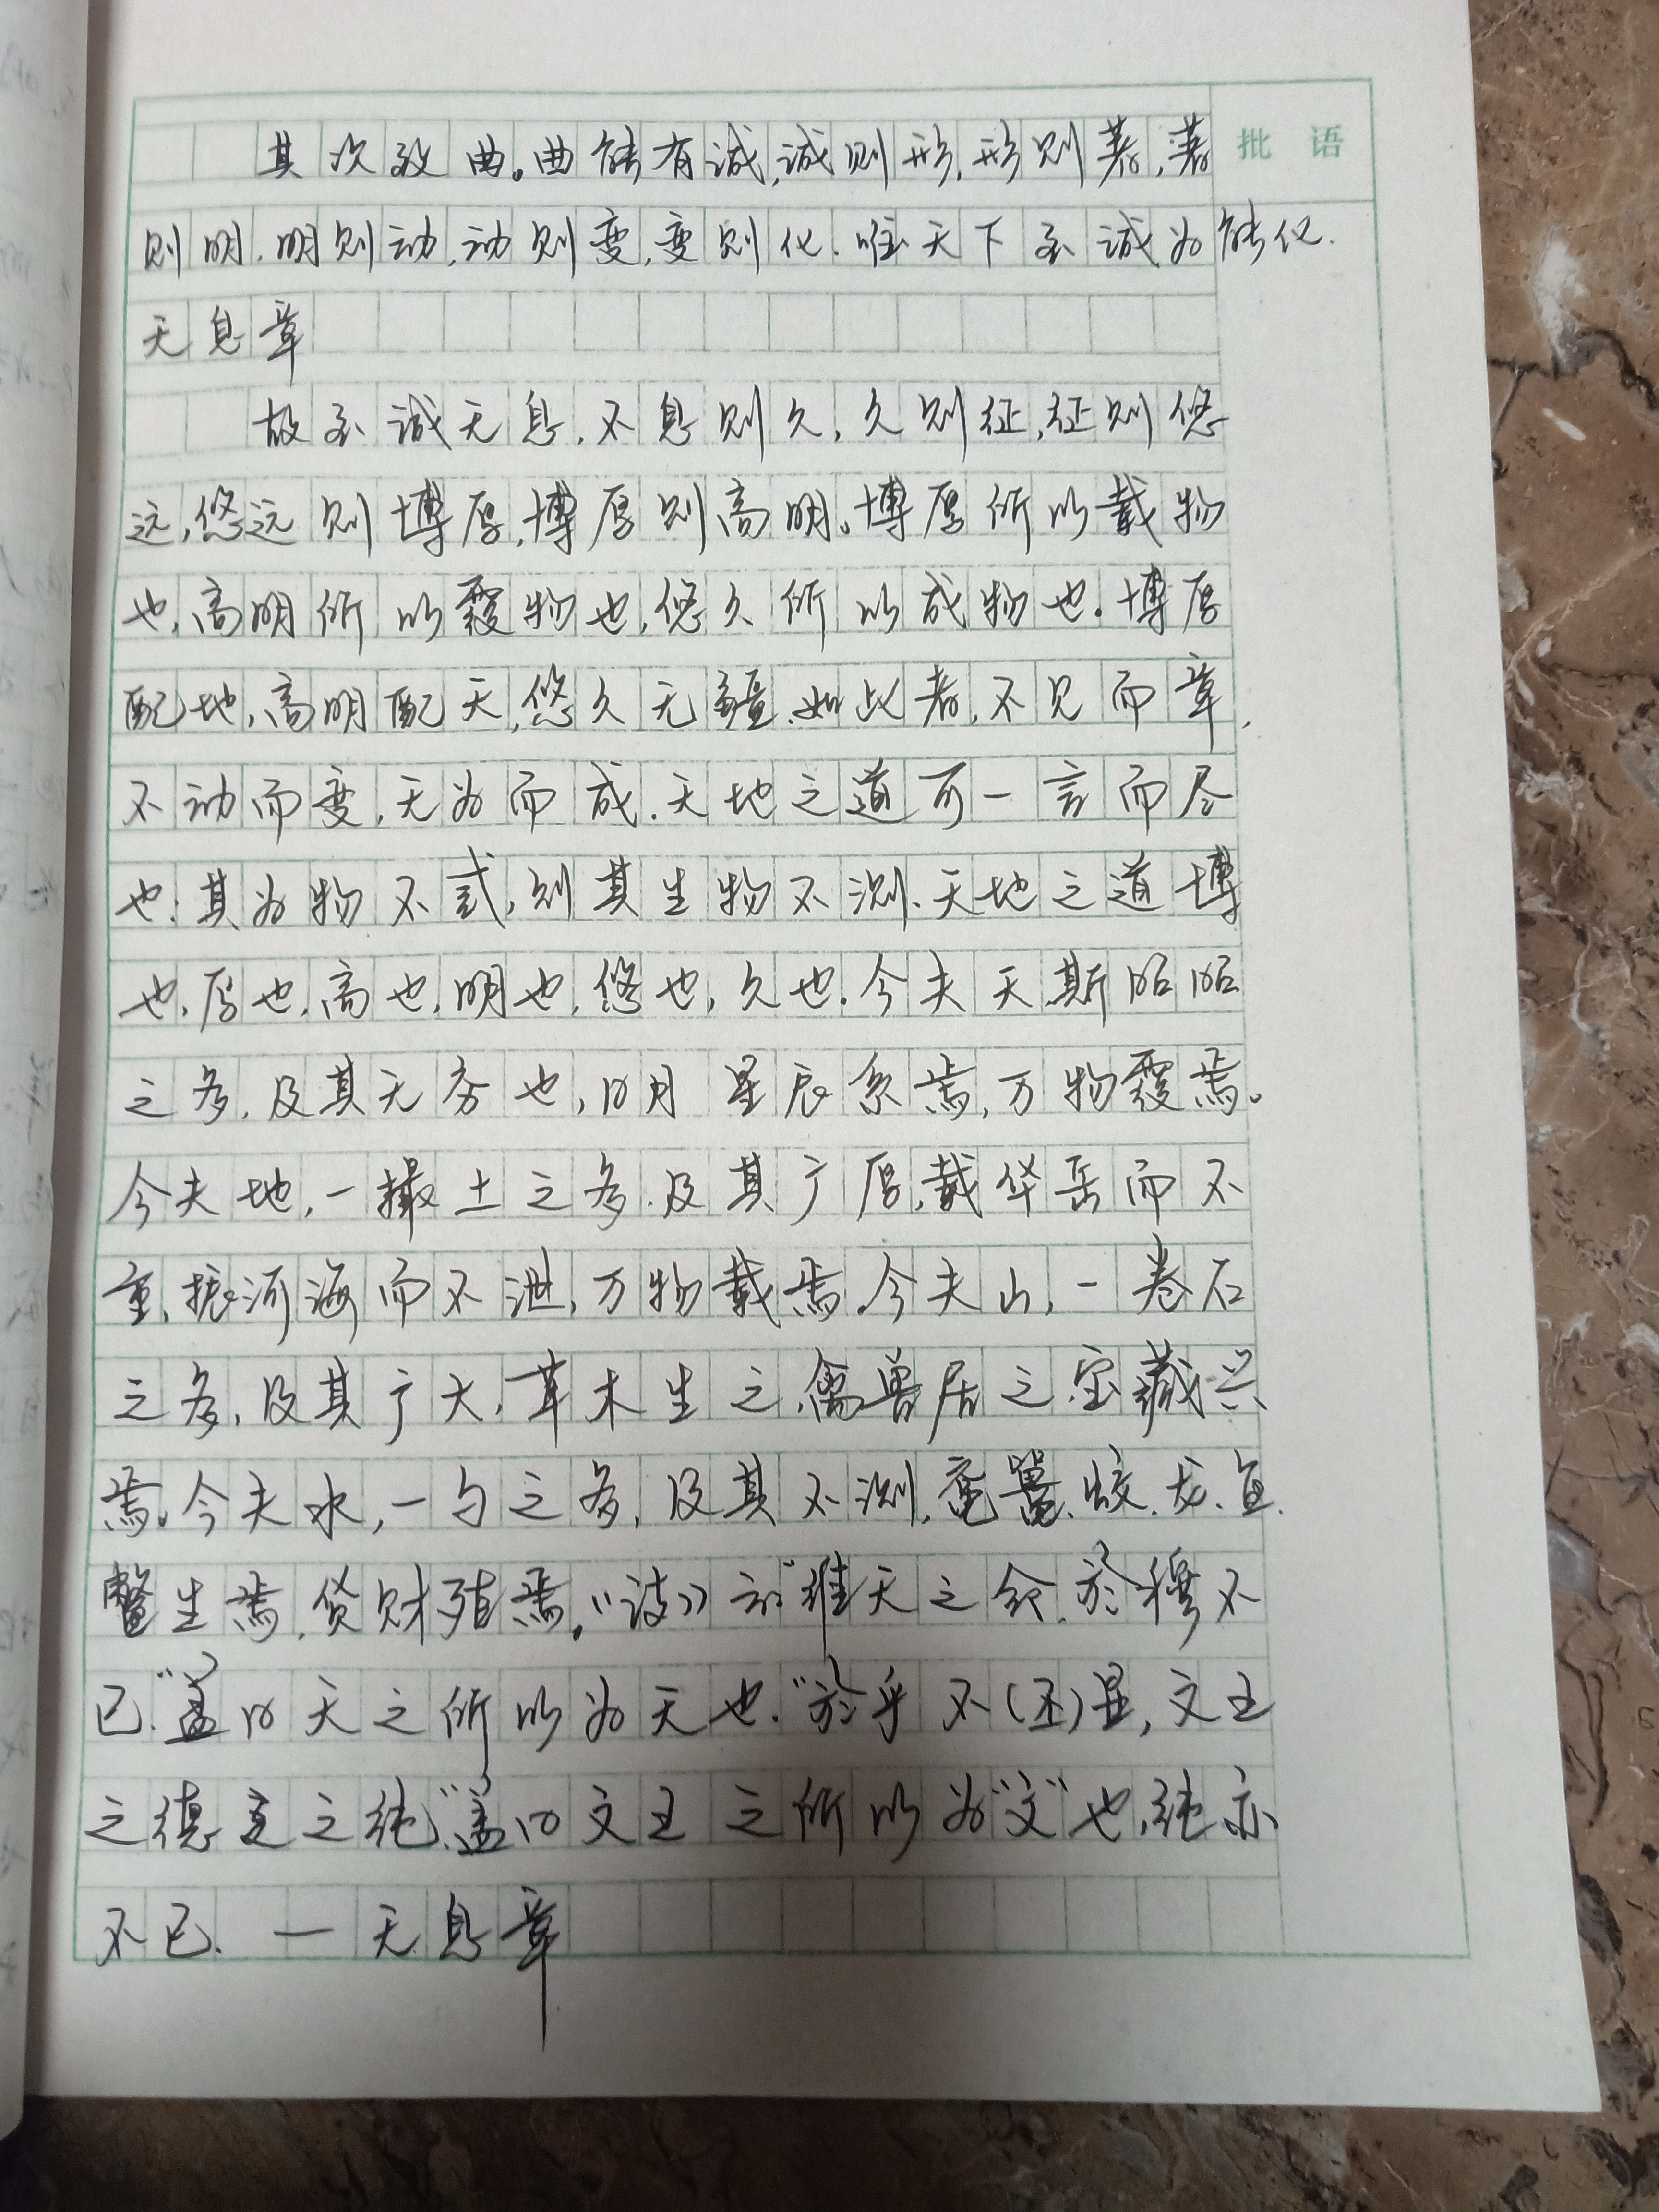
博厚，所以载物也。高明，所以覆物也。悠久，所以成物也。